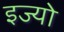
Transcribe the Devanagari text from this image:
इज्यो